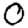
Digit: 0